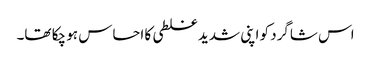
اس شاگرد کو اپنی شدید غلطی کا احساس ہو چکا تھا۔